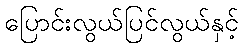
ပြောင်းလွယ်ပြင်လွယ်နှင့်